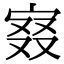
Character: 𡨤